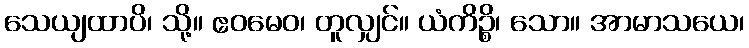
သေယျထာပိ၊ သို့။ ဧဝမေဝ၊ တူလျှင်။ ယံကိဉ္စိ၊ သော။ အာမာသယေ၊